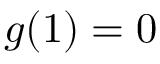
g ( 1 ) = 0